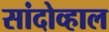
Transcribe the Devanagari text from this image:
सांदोव्हाल